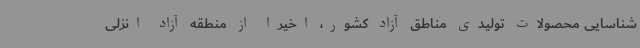
شناسایی محصولات تولیدی مناطق آزاد کشور، اخیراً از منطقه آزاد انزلی